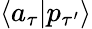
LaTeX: \langle a_{\tau}|p_{\tau^{\prime}}\rangle